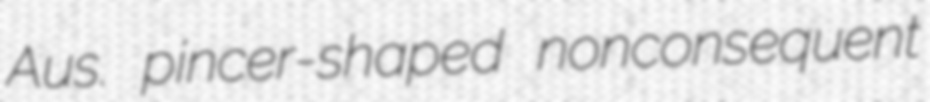
Aus. pincer-shaped nonconsequent